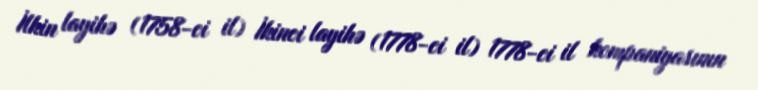
İlkin layihə (1758-ci il) İkinci layihə (1778-ci il) 1778-ci il kompaniyasının